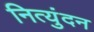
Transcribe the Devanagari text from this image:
नित्युंदन